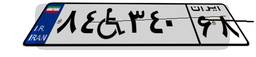
۸۴W۳۴۰۶۸